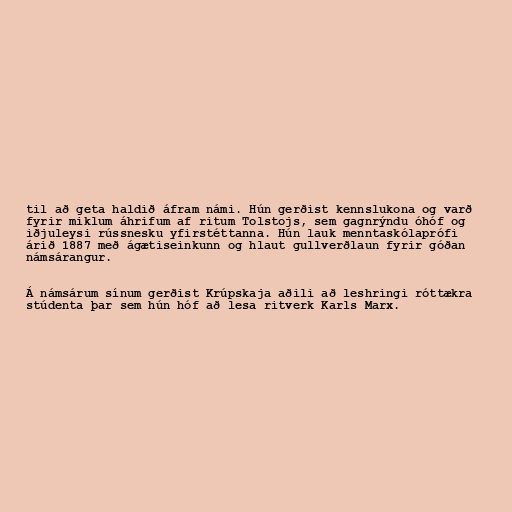
til að geta haldið áfram námi. Hún gerðist kennslukona og varð
fyrir miklum áhrifum af ritum Tolstojs, sem gagnrýndu óhóf og
iðjuleysi rússnesku yfirstéttanna. Hún lauk menntaskólaprófi
árið 1887 með ágætiseinkunn og hlaut gullverðlaun fyrir góðan
námsárangur.

Á námsárum sínum gerðist Krúpskaja aðili að leshringi róttækra
stúdenta þar sem hún hóf að lesa ritverk Karls Marx.